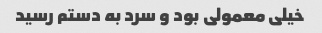
خیلی معمولی بود و سرد به دستم رسید